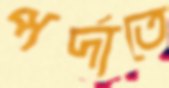
পর্দাতে